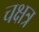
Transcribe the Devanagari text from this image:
चक्षत्र